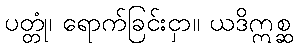
ပတ္တုံ၊ ရောက်ခြင်းငှာ။ ယဒိဣစ္ဆ